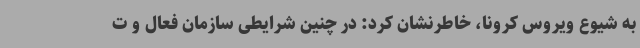
به شیوع ویروس کرونا، خاطرنشان کرد: در چنین شرایطی سازمان فعال و ت